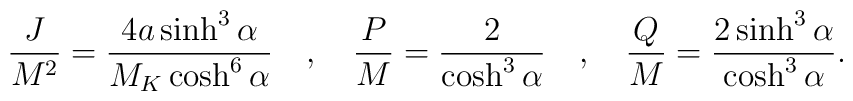
{J\over M^2} = {4a\sinh^3\alpha\over M_K\cosh^6\alpha} \quad,\quad {P\over M} ={2\over\cosh^3\alpha} \quad,\quad {Q\over M} ={2\sinh^3\alpha\over\cosh^3\alpha}.